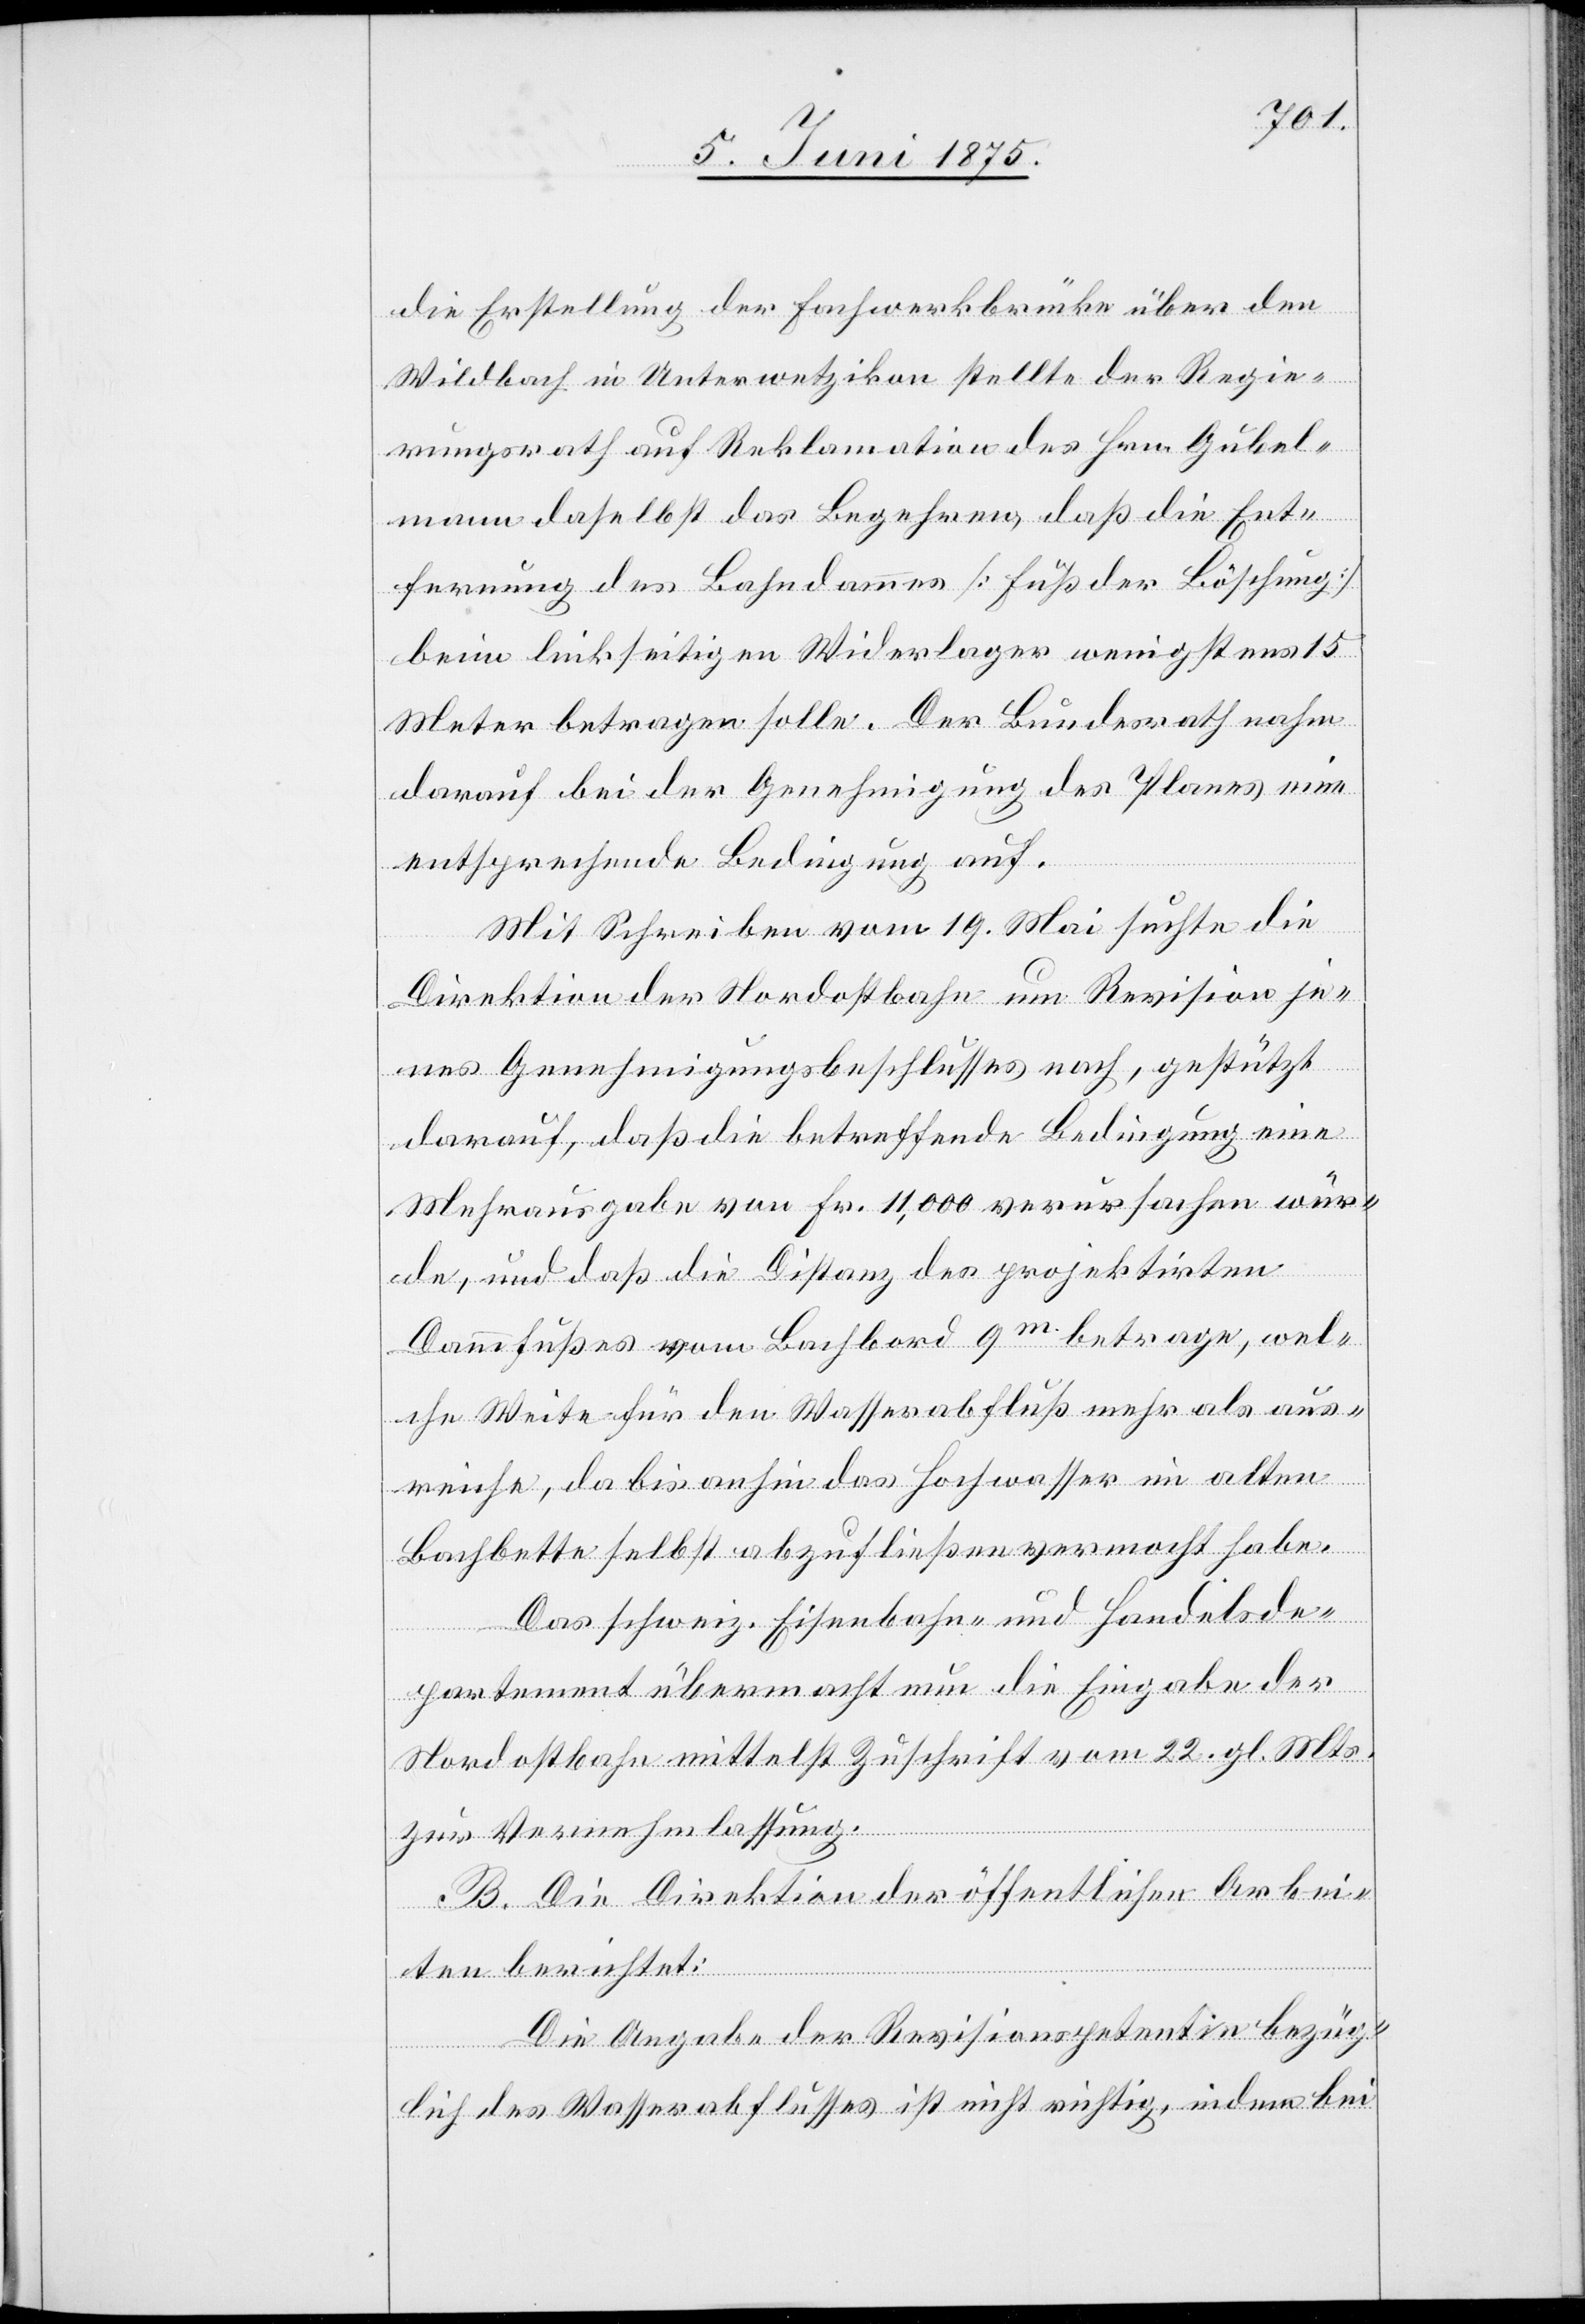
die Erstellung der Fachwerkbrücke über den
Wildbach in Unterwetzikon stellte der Regie¬
rungsrath auf Reklamation des Hrn. Gubel¬
mann daselbst das Begehren, daß die Ent¬
fernung des Bahndammes [Fuß der Böschung]
beim linksseitigen Widerlager wenigstens 15
Meter betragen sollte. Der Bundesrath nahm
darauf bei der Genehmigung des Planes eine
entsprechende Bedingung auf.
Mit Schreiben vom 19. Mai suchte die
Direktion der nordostbahn um Revision je¬
nes Genehmigungsbeschlusses nach, gestützt
darauf, daß die betreffende Bedingung eine
Mehrausgabe von Fr. 11,000 verursachen wür¬
de, und daß die Distanz des projektirten
Dammfußes vom Bachbord 9 m betrage, wel¬
che Weite für den Wasserabfluß mehr als aus¬
reiche, da bis anhin das Hochwasser im alten
Bachbette selbst abzufließen vermocht habe.
Das schweiz. Eisenbahn. und Handelsde¬
partement übermacht nun die Eingabe der
Nordostbahn mittelst Zuschrift vom 22. gl. Mts.
zur Vernehmlassung.
B. Die Direktion der öffentlichen Arbei¬
ten berichtet:
Die Angabe der Revisionspetentin bezüg¬
lich des Wasserabflußes ist nicht richtig, indem bei